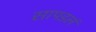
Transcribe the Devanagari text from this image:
सापडलं